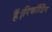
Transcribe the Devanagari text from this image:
हैं।रिकॉर्डिंग